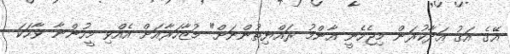
އޭގެ އަގު އަދާކުރަން މިޖެހެނީ އާންމު ރައްޔިތުންނަށް" މުޒާހަރާއަށް އެއްވި މީހުންނާ ވާހަކަ